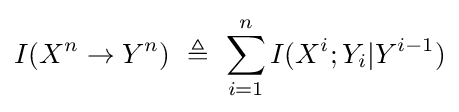
I(X^{n}\to Y^{n})\ \triangleq \ \sum _{i=1}^{n}I(X^{i};Y_{i}|Y^{i-1})